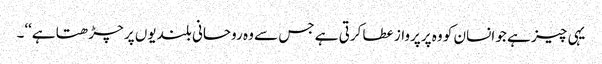
یہی چیز ہے جو انسان کو وہ پرپرواز عطا کرتی ہے جس سے وہ روحانی بلندیوں پر چڑھتا ہے‘‘۔